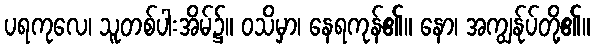
ပရကုလေ၊ သူတစ်ပါးအိမ်၌။ ဝသိမှာ၊ နေရကုန်၏။ နော၊ အကျွန်ုပ်တို့၏။